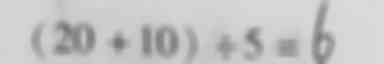
( 2 0 + 1 0 ) \div 5 = 6